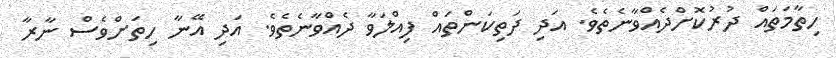
ހިތާމަތައް ދުރުކޮށްދެއްވާނެތެވެ. އަދި ދަތިކަންތައް ފިއްލަވާ ދެއްވާނެތެވެ. އަދި އޭނާ ހިތަށްވެސް ނާރާ